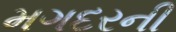
મગદરની